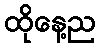
ထိုနေ့ည